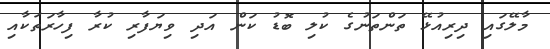
މާލޭގައި ދިރިއުޅޭ ތަންތަނުގެ ކުލި ބޮޑު ކަން އަދި ވިޔަފާރި ކުރާ ފިހާރަތަކާއި